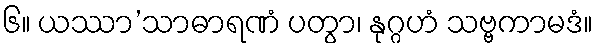
၆။ ယဿာ’သာဓာရဏံ ပတွာ၊ နုဂ္ဂဟံ သဗ္ဗကာမဒံ။